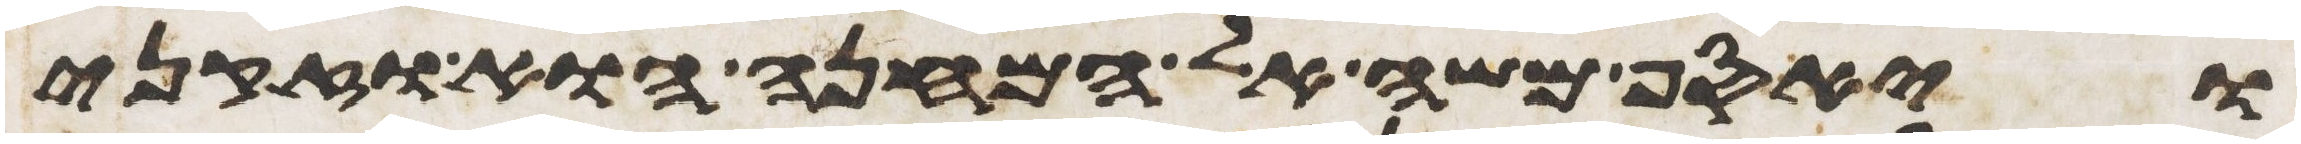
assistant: ויאסף משה אל המחנה הוא וזקני